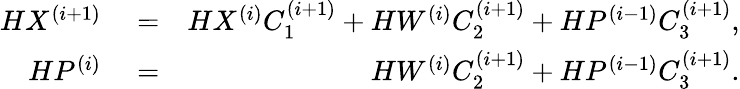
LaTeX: \begin{array}{rlr}{HX^{(i+1)}}&{{}=}&{HX^{(i)}C_{1}^{(i+1)}+HW^{(i)}C_{2}^{(i+1)}+HP^{(i-1)}C_{3}^{(i+1)},}\\ {HP^{(i)}}&{{}=}&{HW^{(i)}C_{2}^{(i+1)}+HP^{(i-1)}C_{3}^{(i+1)}.}\end{array}